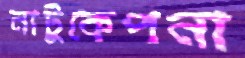
নাটুকেপনা